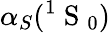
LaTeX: \alpha_{S}(^{1}\mathrm{~S~}_{0})